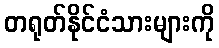
တရုတ်နိုင်ငံသားများကို